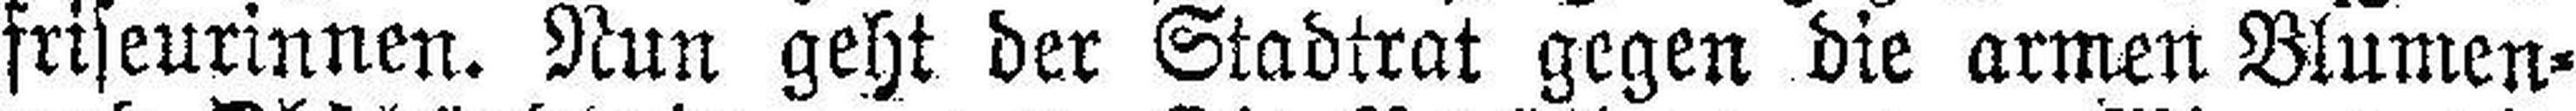
friseurinnen. Nun geht der Stadtrat gegen die armen Blumen¬